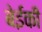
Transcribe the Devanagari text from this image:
बेईकी